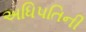
અધિપતિની